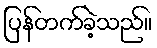
ပြန်တက်ခဲ့သည်။